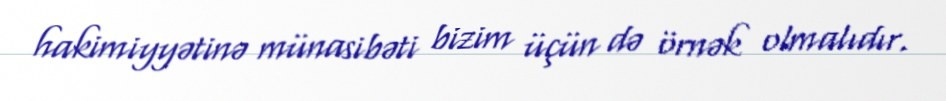
hakimiyyətinə münasibəti bizim üçün də örnək olmalıdır.